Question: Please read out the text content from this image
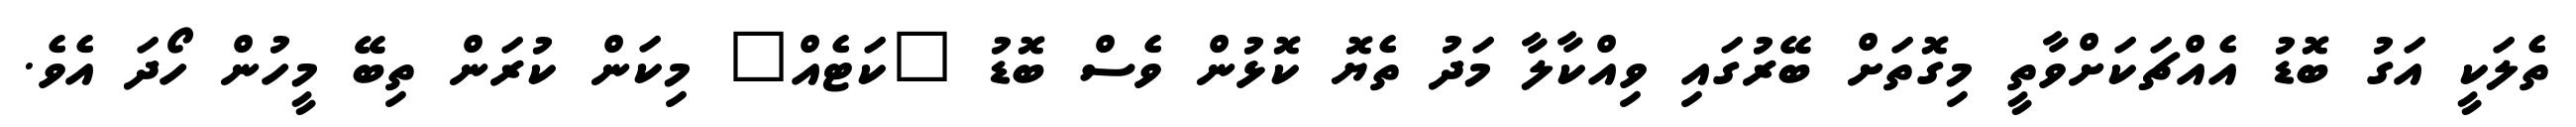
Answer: ތެލަކީ އަގު ބޮޑު އެއްޗަކަށްވާތީ މިގޮތަށް ބޭރުގައި ވިއްކާލާ މަދު ތެޔޮ ކޮޅުން ވެސް ބޮޑު "ކަޓެއް" މިކަން ކުރަން ތިބޭ މީހުން ހޯދަ އެވެ.